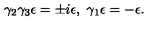
\gamma _ { 2 } \gamma _ { 3 } \epsilon = \pm i \epsilon , \ \gamma _ { 1 } \epsilon = - \epsilon .